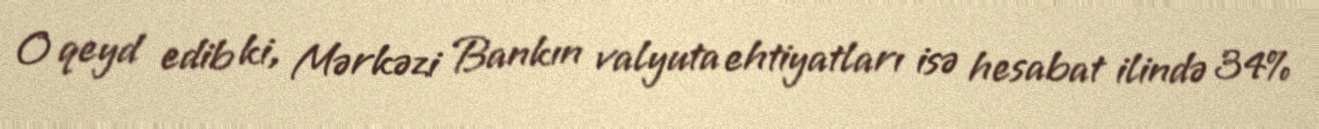
O qeyd edib ki, Mərkəzi Bankın valyuta ehtiyatları isə hesabat ilində 34%